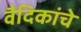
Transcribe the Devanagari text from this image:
वैदिकांचे